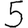
Digit: 5